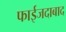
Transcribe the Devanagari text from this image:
फाईजदाबाद